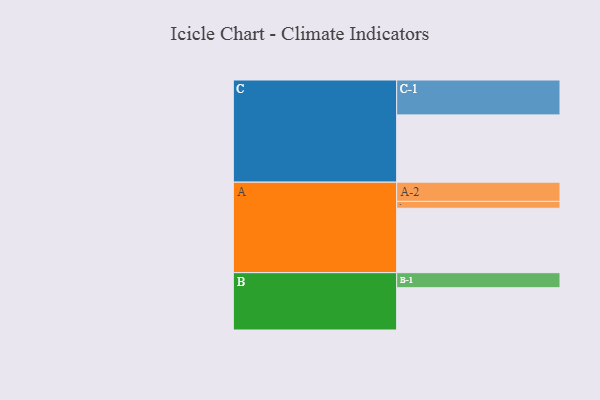
{"axis": {"x": "Segment", "y": "Value"}, "legend": ["", "A", "B", "C"], "data": [{"x": "A", "y": 497, "type": ""}, {"x": "B", "y": 326, "type": ""}, {"x": "C", "y": 519, "type": ""}, {"x": "A-1", "y": 53, "type": "A"}, {"x": "A-2", "y": 148, "type": "A"}, {"x": "B-1", "y": 116, "type": "B"}, {"x": "C-1", "y": 269, "type": "C"}]}